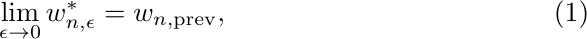
\begin{equation} \label{eq:limit}
\lim_{\epsilon \rightarrow 0} w_{n, \epsilon}^* = w_{n, {\rm prev}},
\end{equation}